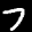
Label: 7